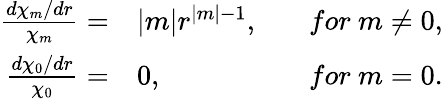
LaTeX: \begin{array}{rlr}{\frac{d\chi_{m}/dr}{\chi_{m}}=}&{{}|m|r^{|m|-1},~~~}&{for~m\not=0,}\\ {\frac{d\chi_{0}/dr}{\chi_{0}}=}&{{}0,~~~}&{for~m=0.}\end{array}